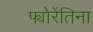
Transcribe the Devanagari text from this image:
फ्योरेंतिना